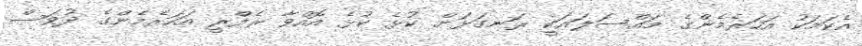
އެކަމަކު އަހަރެމެންގެ މައްސަލައަކީ ރަނގަޅަށް ކުޅެ ކުޅެ އޮއްވާ ރެފްރީ އަހަރެމެންގެ ދުވަސް